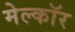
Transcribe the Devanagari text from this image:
मेल्कॉर